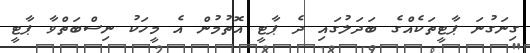
ގިނަގުނަ ޕާޓީތަކެއްގެ ބަދަލުގައި ދެ ޕާޓީ އޮތުމުން އެ މީހަކު ނިސްބަތްވާ ޕާޓީ